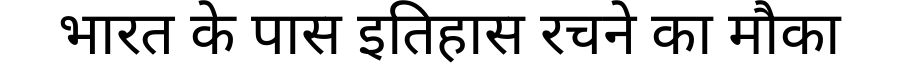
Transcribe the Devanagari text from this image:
भारत के पास इतिहास रचने का मौका